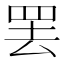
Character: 罢